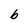
Character: b